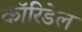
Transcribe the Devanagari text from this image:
कॉरिडेल